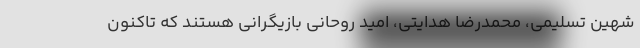
شهین تسلیمی، محمدرضا هدایتی، امید روحانی بازیگرانی هستند که تاکنون